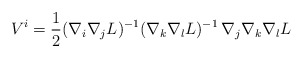
\begin{align*}V^i=\frac12 (\nabla_i\nabla_j L)^{-1}(\nabla_k\nabla_l L)^{-1}\,\nabla_j\nabla_k \nabla_l L\end{align*}